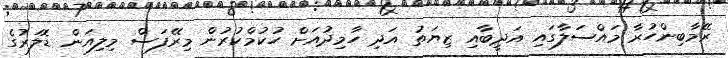
ރޭމާބިންހުރާ މައްސަލާގައި އަދީބާއި ޒިޔަތު އަދި ހާމިދުއަށް ހުކުމްކުރުން މިރޭފަސް މިލިއަން ޑޮލަރުގެ